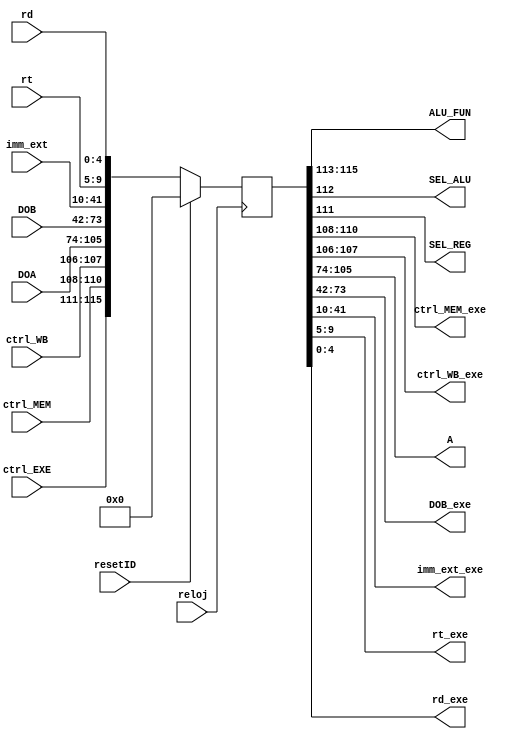
`timescale 1ns / 1ps
//////////////////////////////////////////////////////////////////////////////////
// Module Name: ID_EX
//////////////////////////////////////////////////////////////////////////////////


module ID_EX(
    input reloj,
    input resetID,
    input [4:0] ctrl_EXE,
    input [2:0] ctrl_MEM,
    input [1:0] ctrl_WB,
    input [31:0] DOA, //Salida A de Banco de Registros
    input [31:0] DOB, //Salida B de Banco de Registros
    input [31:0] imm_ext,
    input [4:0] rt,
    input [4:0] rd,

    output [2:0] ALU_FUN,
    output SEL_ALU,
    output SEL_REG,
    output [2:0] ctrl_MEM_exe,
    output [1:0] ctrl_WB_exe,
    output [31:0] A,
    output [31:0] DOB_exe,
    output [31:0] imm_ext_exe,
    output [4:0] rt_exe,
    output [4:0] rd_exe
    );


    reg [115:0] ID_EX;


    always @(posedge reloj)

    begin

       if (resetID)
       begin
          ID_EX  <= 116'b0;
       end

       else 
       begin
          ID_EX <= {ctrl_EXE, ctrl_MEM, ctrl_WB, DOA, DOB, imm_ext, rt, rd};
       end
    end

    assign ALU_FUN = ID_EX[115:113];
    assign SEL_ALU = ID_EX[112];
    assign SEL_REG = ID_EX[111];
    assign ctrl_MEM_exe = ID_EX[110:108];
    assign ctrl_WB_exe = ID_EX[107:106];
    assign A = ID_EX[105:74];
    assign DOB_exe = ID_EX[73:42];
    assign imm_ext_exe = ID_EX[41:10];
    assign rt_exe = ID_EX[9:5];
    assign rd_exe = ID_EX[4:0];

endmodule